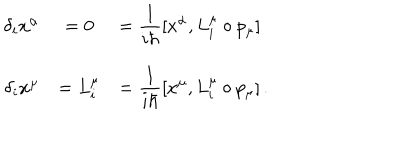
LaTeX: \begin{array} { r c l } { { \delta _ { i } x ^ { \alpha } } } & { { = 0 } } & { { = \displaystyle \frac { 1 } { i \hbar } [ x ^ { \alpha } , L _ { i } ^ { \mu } \circ p _ { \mu } ] } } \\ { { \delta _ { i } x ^ { \mu } } } & { { = L _ { i } ^ { \mu } } } & { { = \displaystyle \frac { 1 } { i \hbar } [ x ^ { \mu } , L _ { i } ^ { \mu } \circ p _ { \mu } ] \, . } } \\ \end{array}